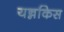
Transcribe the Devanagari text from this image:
यन्नकिस